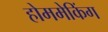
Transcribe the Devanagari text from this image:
होममेकिंग